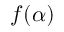
f ( \alpha )